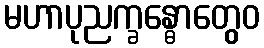
မဟာပုညက္ခန္ဓောတွေဝ